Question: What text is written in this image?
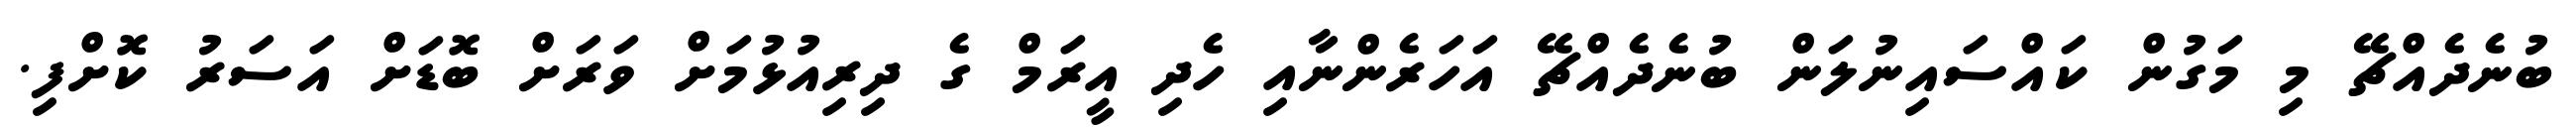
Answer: ބުނެދެއްޗޭ މި މަގުން ކައްސައިނުލަން ބުނެދެއްޗޭ އަހަރެންނާއި ހެދި އީރަމް ގެ ދިރިއުޅުމަށް ވަރަށް ބޮޑަށް އަސަރު ކޮށްފި.